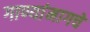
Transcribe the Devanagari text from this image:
गाण्यांमागचे